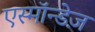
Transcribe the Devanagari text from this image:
एस्मॉन्डेज़